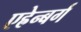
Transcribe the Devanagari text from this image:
एह्रेन्बर्ग